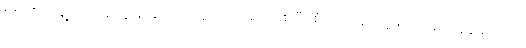
စစ်ကိုင်းမြို့ဘက်မှ သွားရောက်ယှဉ်ပြိုင်ရမည်ဖြစ်ပြီး စံပယ်ပန်းတို့ဖြင့် အောင်နန်းရိပ်သာ